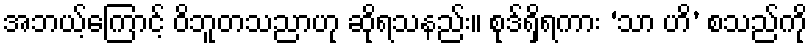
အဘယ့်ကြောင့် ဝိဘူတသညာဟု ဆိုရသနည်း။ စုဒ်ရှိရကား ‘သာ ဟိ’ စသည်ကို